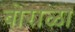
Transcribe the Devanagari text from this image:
बोराळा